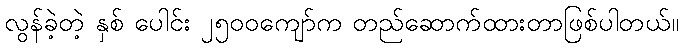
လွန်ခဲ့တဲ့ နှစ် ပေါင်း ၂၅၀၀ကျော်က တည်ဆောက်ထားတာဖြစ်ပါတယ်။